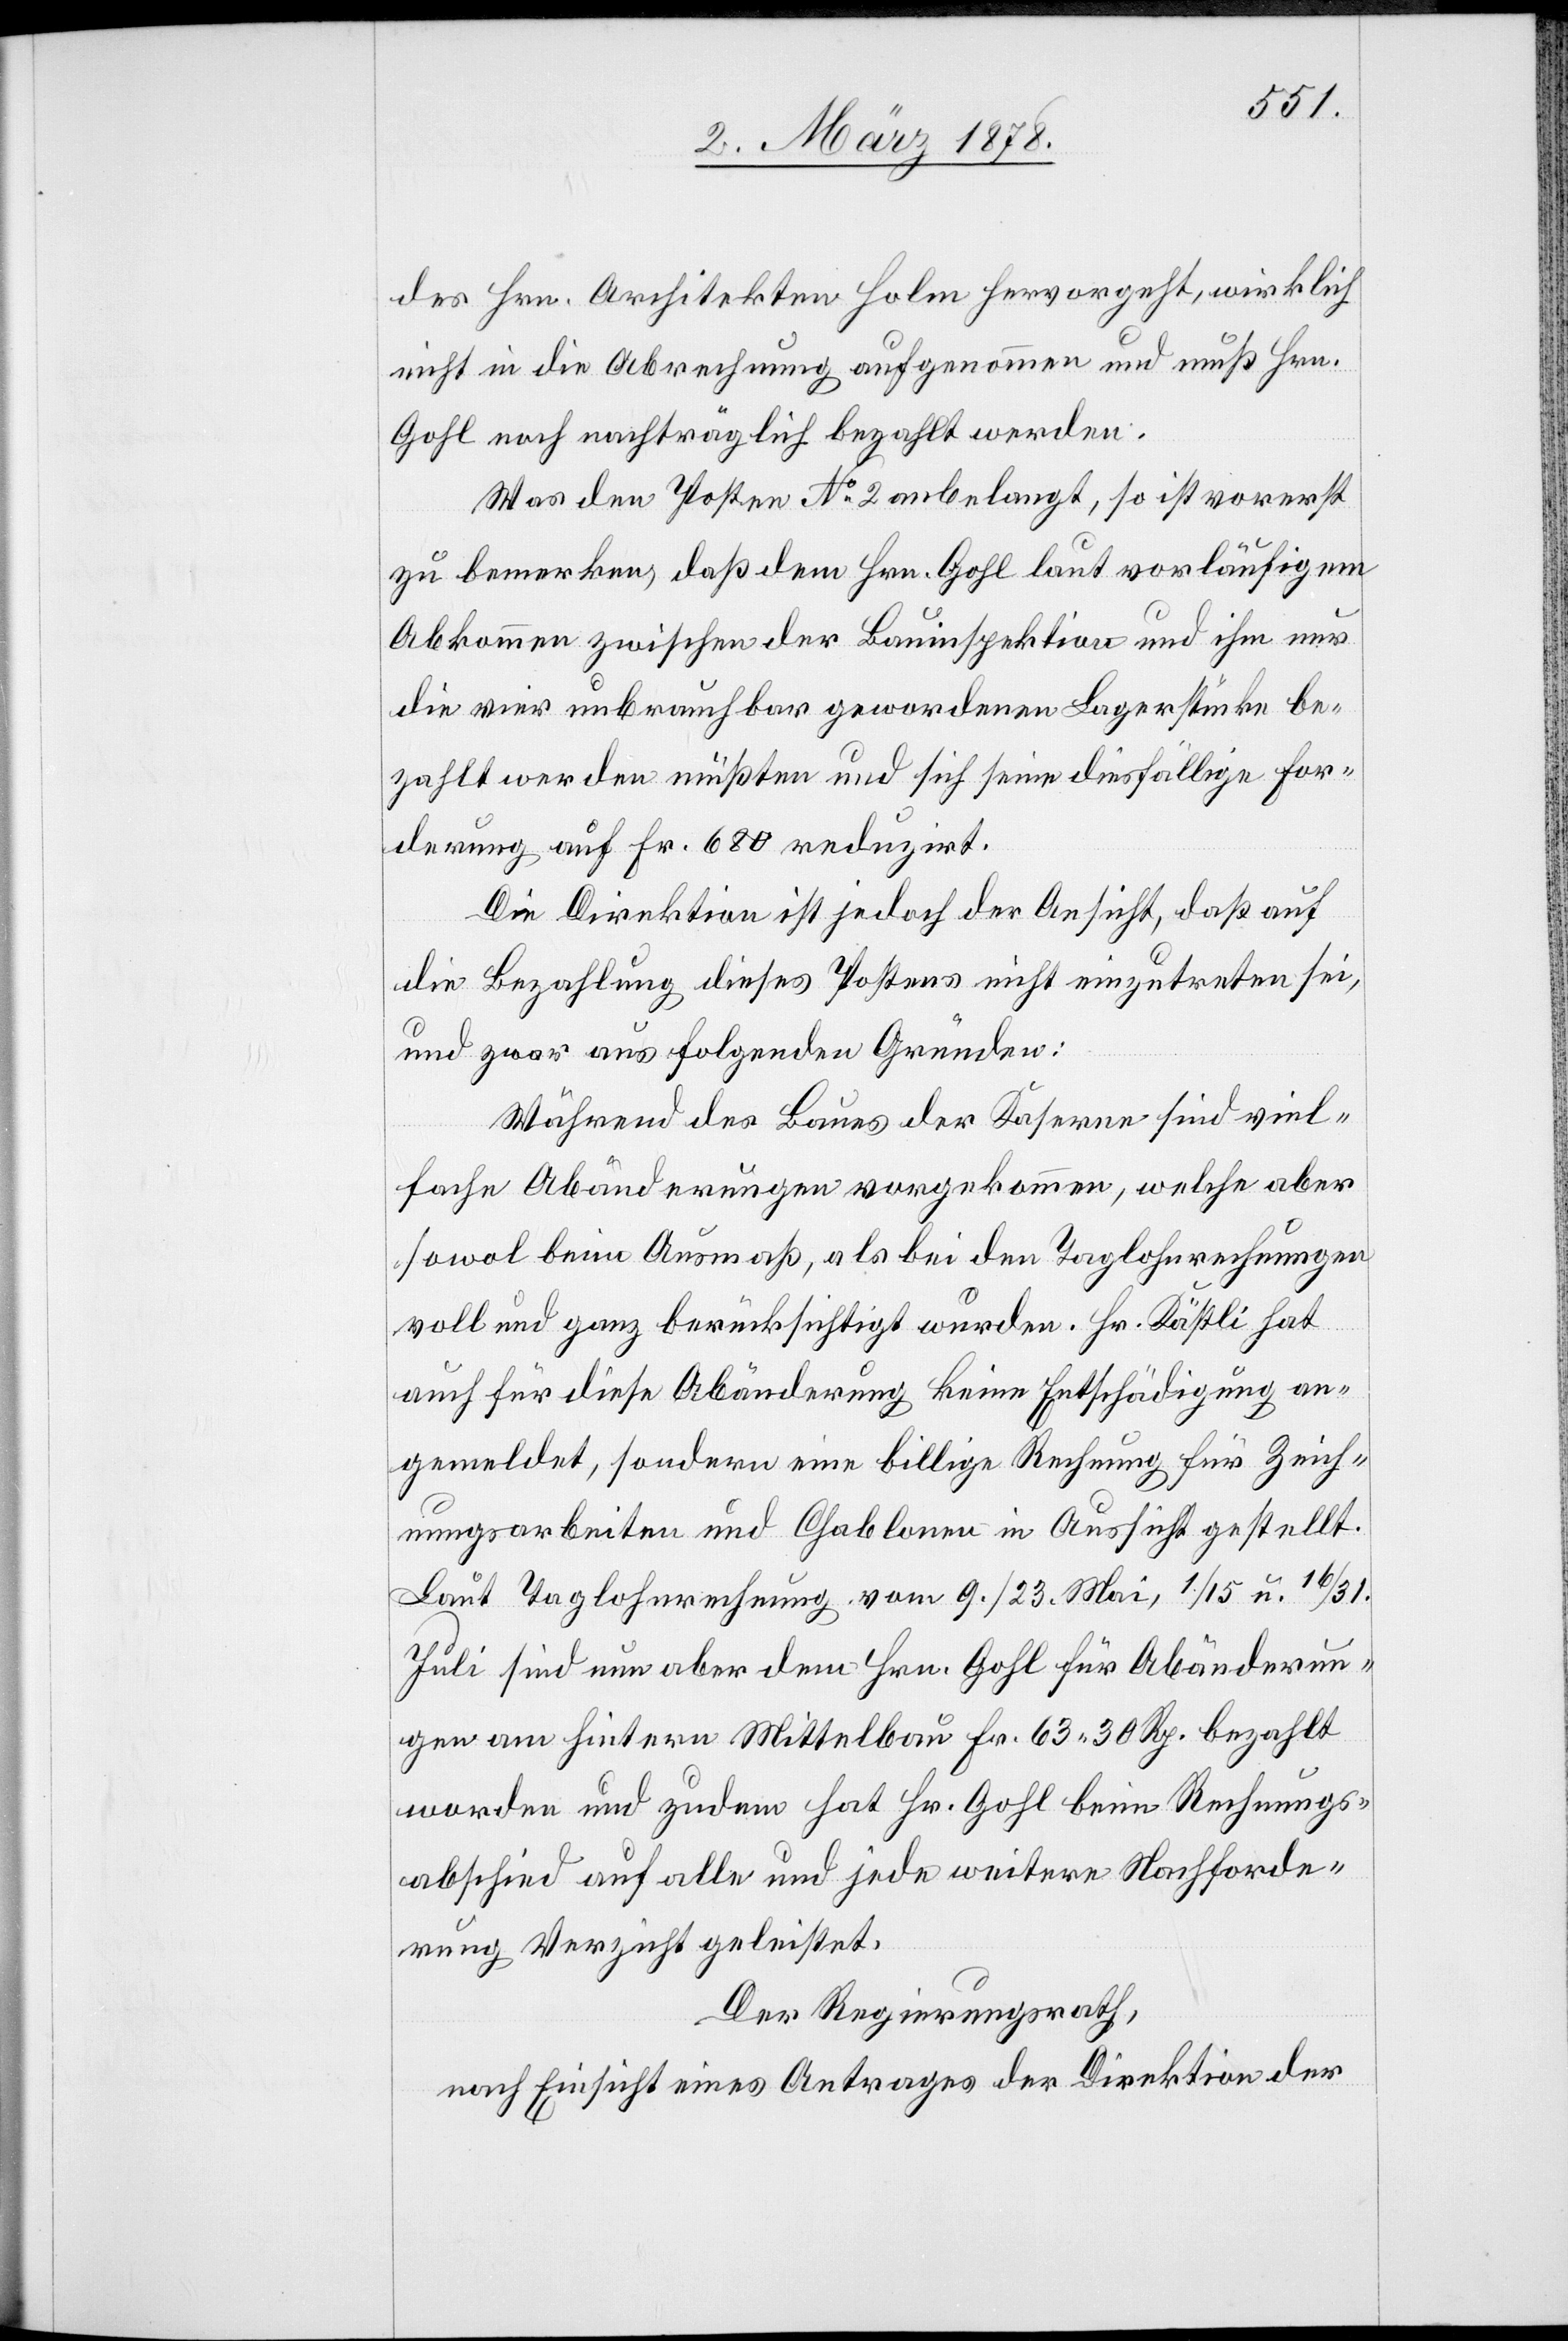
31.
des Hrn. Architekten Holm hervorgeht, wirklich
nicht in die Abrechnung aufgenommen und muß Hrn.
Gohl noch nachträglich bezahlt werden.
Was den Posten No 2 anbelangt, so ist vorerst
zu bemerken, daß dem Hrn. Gohl laut vorläufigem
Abkommen zwischen der Bauinspektion und ihm nur
die vier unbrauchbar gewordenen Lagerstücke be¬
zahlt werden müßten und sich seine diesfällige For¬
derung auf Fr. 680 reduzirt.
Die Direktion ist jedoch der Ansicht, daß auf
die Bezahlung dieses Postens nicht einzutreten sei,
und zwar aus folgenden Gründen:
Während des Baues der Kaserne sind viel¬
fache Abänderungen vorgekommen, welche aber
sowol beim Ausmaß, als bei den Taglohnrechnungen
voll und ganz berücksichtigt wurden. Hr. Kästli hat
auch für diese Abänderung keine Entschädigung an¬
gemeldet, sondern eine billige Rechnung für Zeich¬
nungsarbeiten und Chablonen in Aussicht gestellt.
Laut Taglohnrechnung vom 9. / 23. Mai, 1. / 15. und 16.
Juli sind nun aber dem Hrn. Gohl für Abänderun¬
gen am hintern Mittelbau Fr. 63. 30 Rp. bezahlt
worden und zudem hat Hr. Gohl beim Rechnungs¬
abschied auf alle und jede weitere Nachforde¬
rung Verzicht geleistet.
Der Regierungsrath,
nach Einsicht eines Antrages der Direktion der